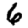
Digit: 6